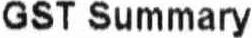
GST SUMMARY